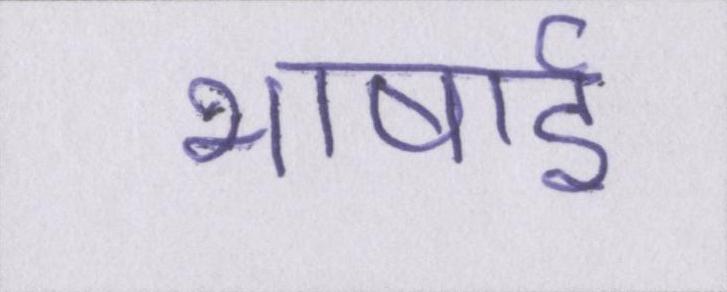
भाषाई